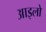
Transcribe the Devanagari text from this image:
आइलो